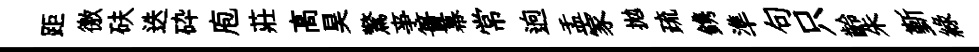
距徼砆迭砕庖莊高昊驚亊簣幕常逈盂家拋疏鎸準句只齡朱斳綠